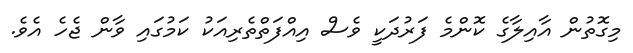
މިގޮތުން އާއިލާގެ ކޮންމެ ފަރުދަކީ ވެސް އިއްފަތްތެރިއަކު ކަމުގައި ވާން ޖެހެ އެވެ.